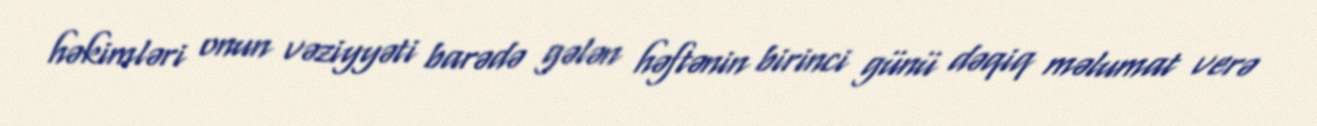
həkimləri onun vəziyyəti barədə gələn həftənin birinci günü dəqiq məlumat verə